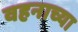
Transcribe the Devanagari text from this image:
वहनाच्या